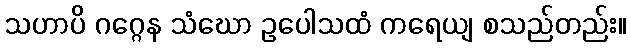
သဟာပိ ဂဂ္ဂေန သံဃော ဥပေါသထံ ကရေယျ စသည်တည်း။